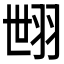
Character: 𦐞